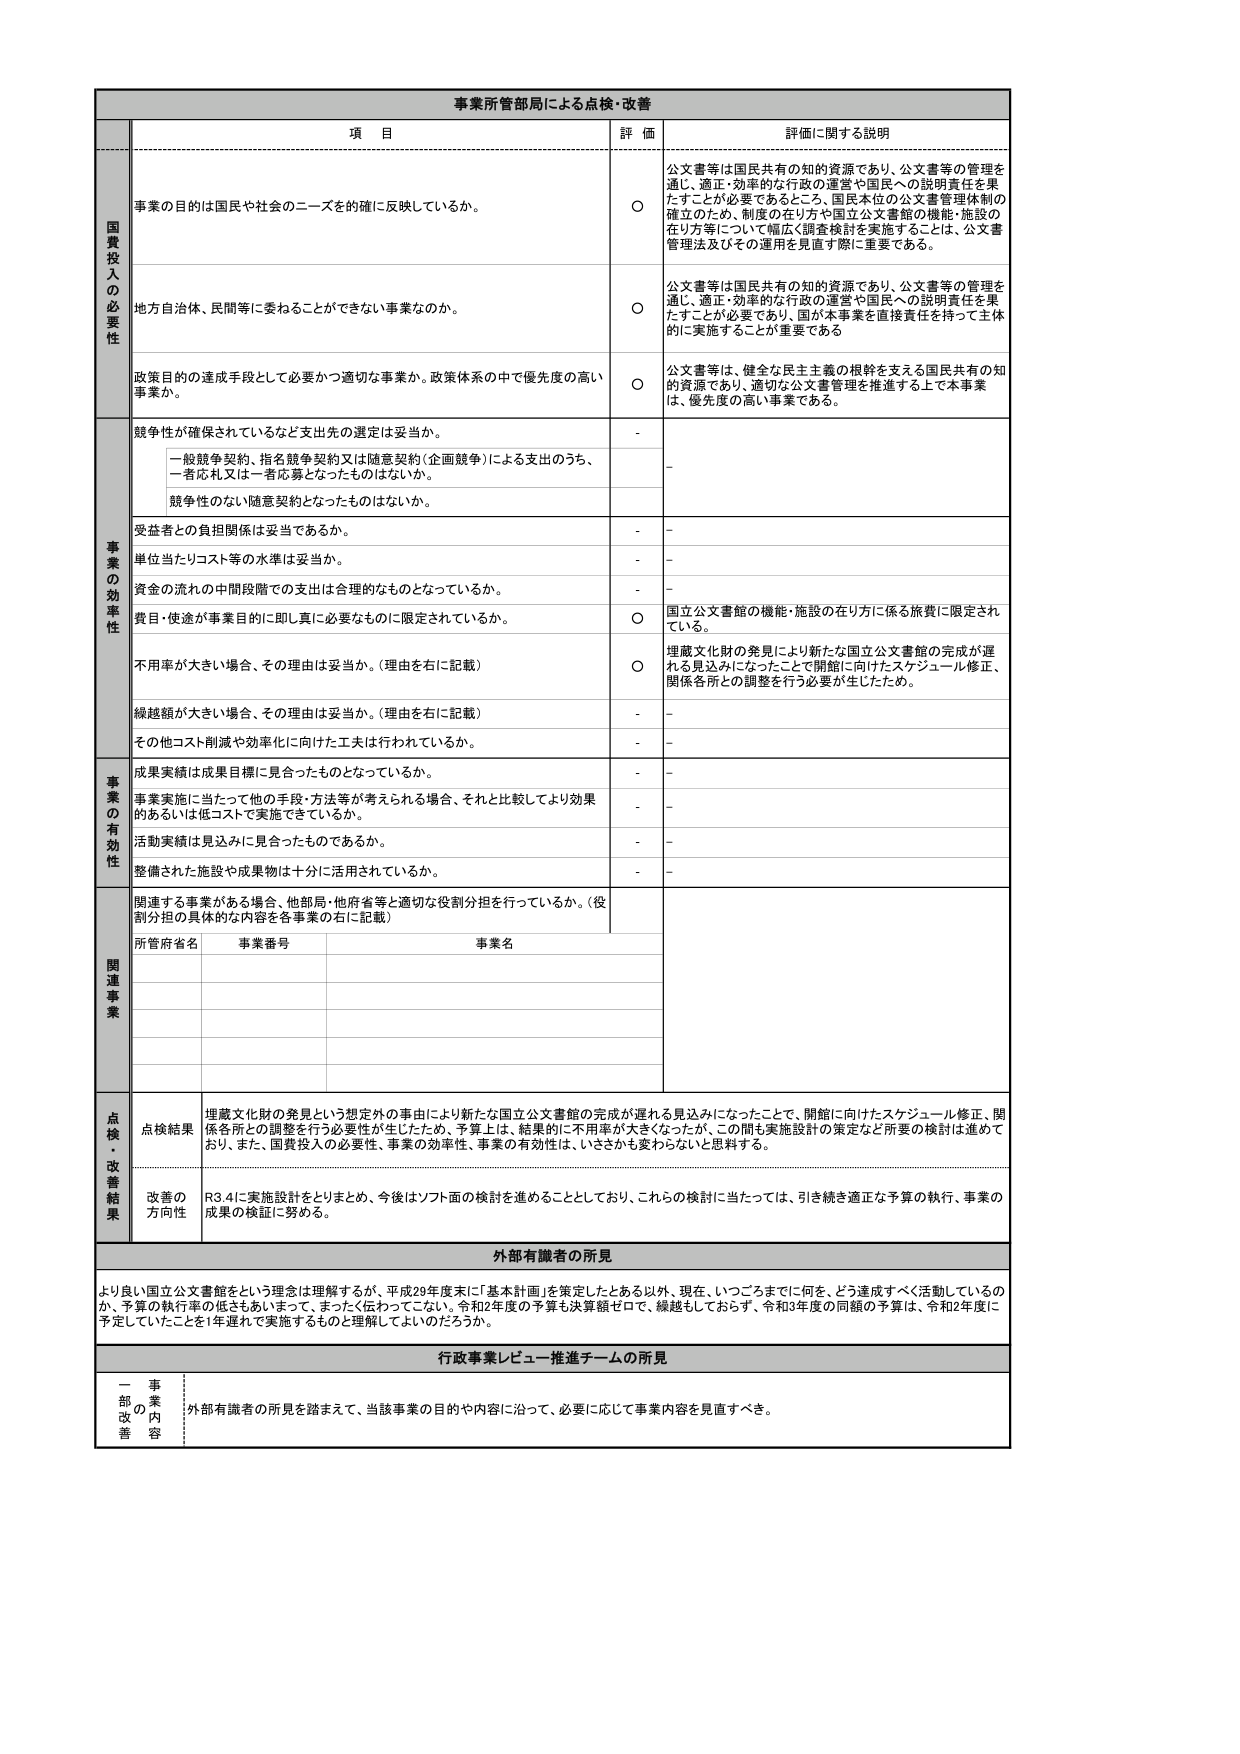
事業所管部局による点検・改善

項 目 評 価 詳細に関する説明

国費投入の必要性

事業の目的は国民や社会のニーズを確に反映しているか。
○ 公文書等は国民共有の知的資源であり、公文書等の管理を通じ、適正・効率的な行政の運営や国民への説明責任を果たすことが必要であるところ、国民本位の公文書管理体制の確立のため、制度の在り方や国立公文書館の機能・施設の在り方等について幅広く調査検討を実施することは、公文書管理法及びその運用を見直す際に重要である。

地方自治体、民間等に委ねることができない事業なのか。
○ 公文書等は国民共有の知的資源であり、公文書等の管理を通じ、適正・効率的な行政の運営や国民への説明責任を果たすことが必要であり、国が本事業を直接責任を持って主体的に実施することが重要である。

政策目的の達成手段として必要かつ適切な事業か。政策体系の中で優先度の高い事業か。
○ 公文書等は、健全な民主主義の根幹を支える国民共有の知的資源であり、適切な公文書管理を推進する上で本事業は、優先度の高い事業である。

事業の効率性

競争性が確保されているなど支出先の選定は妥当か。
- 一般競争契約、指名競争契約又は随意契約（企画競争）による支出のうち、一者応札又は一者応募となったものはないか。
- 競争性のない随意契約となったものはないか。
-

受益者との負担関係は妥当であるか。
-

単位当たりコスト等の水準は妥当か。
-

資金の流れの中間段階での支出は合理的なものとなっているか。
-

費目・使途が事業目的に即し実に必要なものに限定されているか。
○ 国立公文書館の機能・施設の在り方に係る旅費に限定されている。

不用率が大きい場合、その理由は妥当か。（理由を右に記載）
○ 埋蔵文化財の発見により新たな国立公文書館の完成が遅れる見込みになったことで開館に向けたスケジュール修正、関係各所との調整を行う必要が生じたため。

繰越額が大きい場合、その理由は妥当か。（理由を右に記載）
-

その他コスト削減や効率化に向けた工夫は行われているか。
-

事業の有効性

成果実績は成果目標に見合ったものとなっているか。
-

事業実施に当たって他の手段・方法等が考えられる場合、それと比較してより効果的あるいは低コストで実施できているか。
-

活動実績は見込みに見合ったものであるか。
-

整備された施設や成果物は十分に活用されているか。
-

関連事業

関連する事業がある場合、他部局・他府省等と適切な役割分担を行っているか。（役割分担の具体的な内容を各事業の右に記載）
所管府省名 事業番号 事業名

点検・改善結果

点検結果 埋蔵文化財の発見という想定外の事由により新たな国立公文書館の完成が遅れる見込みになったことで、開館に向けたスケジュール修正、関係各所との調整を行う必要性が生じたため、予算上は、結果的に不用率が大きくなったが、この間も実施設計の策定など所要の検討は進めており、また、国費投入の必要性、事業の効率性、事業の有効性は、いささかも変わらないと思料する。

改善の方向性 R3.4に実施設計をとりまとめ、今後はソフト面の検討を進めることとしており、これらの検討に当たっては、引き続き適正な予算の執行、事業の成果の検証に努める。

外部有識者の所見

より良い国立公文書館をという理念は理解するが、平成29年度末に「基本計画」を策定したとある以外、現在、いっごろまでに何を、どう達成すべく活動しているのか、予算の執行率の低さもあいまって、まったく伝わってこない。令和2年度の予算も決算額ゼロで、繰越しておらず、令和3年度の同額の予算は、令和2年度に予定していたことを1年遅れて実施するものと理解してよいのだろうか。

行政事業レビュー推進チームの所見

一部の事業改善内容 外部有識者の所見を踏まえて、当該事業の目的や内容に沿って、必要に応じて事業内容を見直すべき。